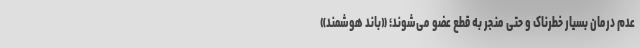
عدم درمان بسیار خطرناک و حتی منجر به قطع عضو می‌شوند؛ «باند هوشمند»